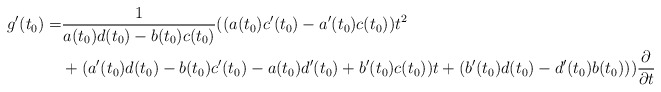
\begin{align*}g'(t_0) =& \frac1{a(t_0)d(t_0) - b(t_0)c(t_0)}((a(t_0)c'(t_0)-a'(t_0)c(t_0))t^2 \\&+ (a'(t_0)d(t_0)-b(t_0)c'(t_0) -a(t_0)d'(t_0)+b'(t_0)c(t_0))t + (b'(t_0)d(t_0)-d'(t_0)b(t_0)))\frac{\partial}{\partial t}\end{align*}